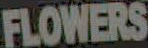
FLOWERS